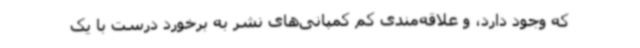
که وجود دارد، و علاقه‌مندی کم کمپانی‌های نشر به برخورد درست با یک